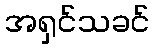
အရှင်သခင်